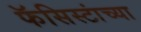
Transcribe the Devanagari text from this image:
फॅसिस्टांच्या